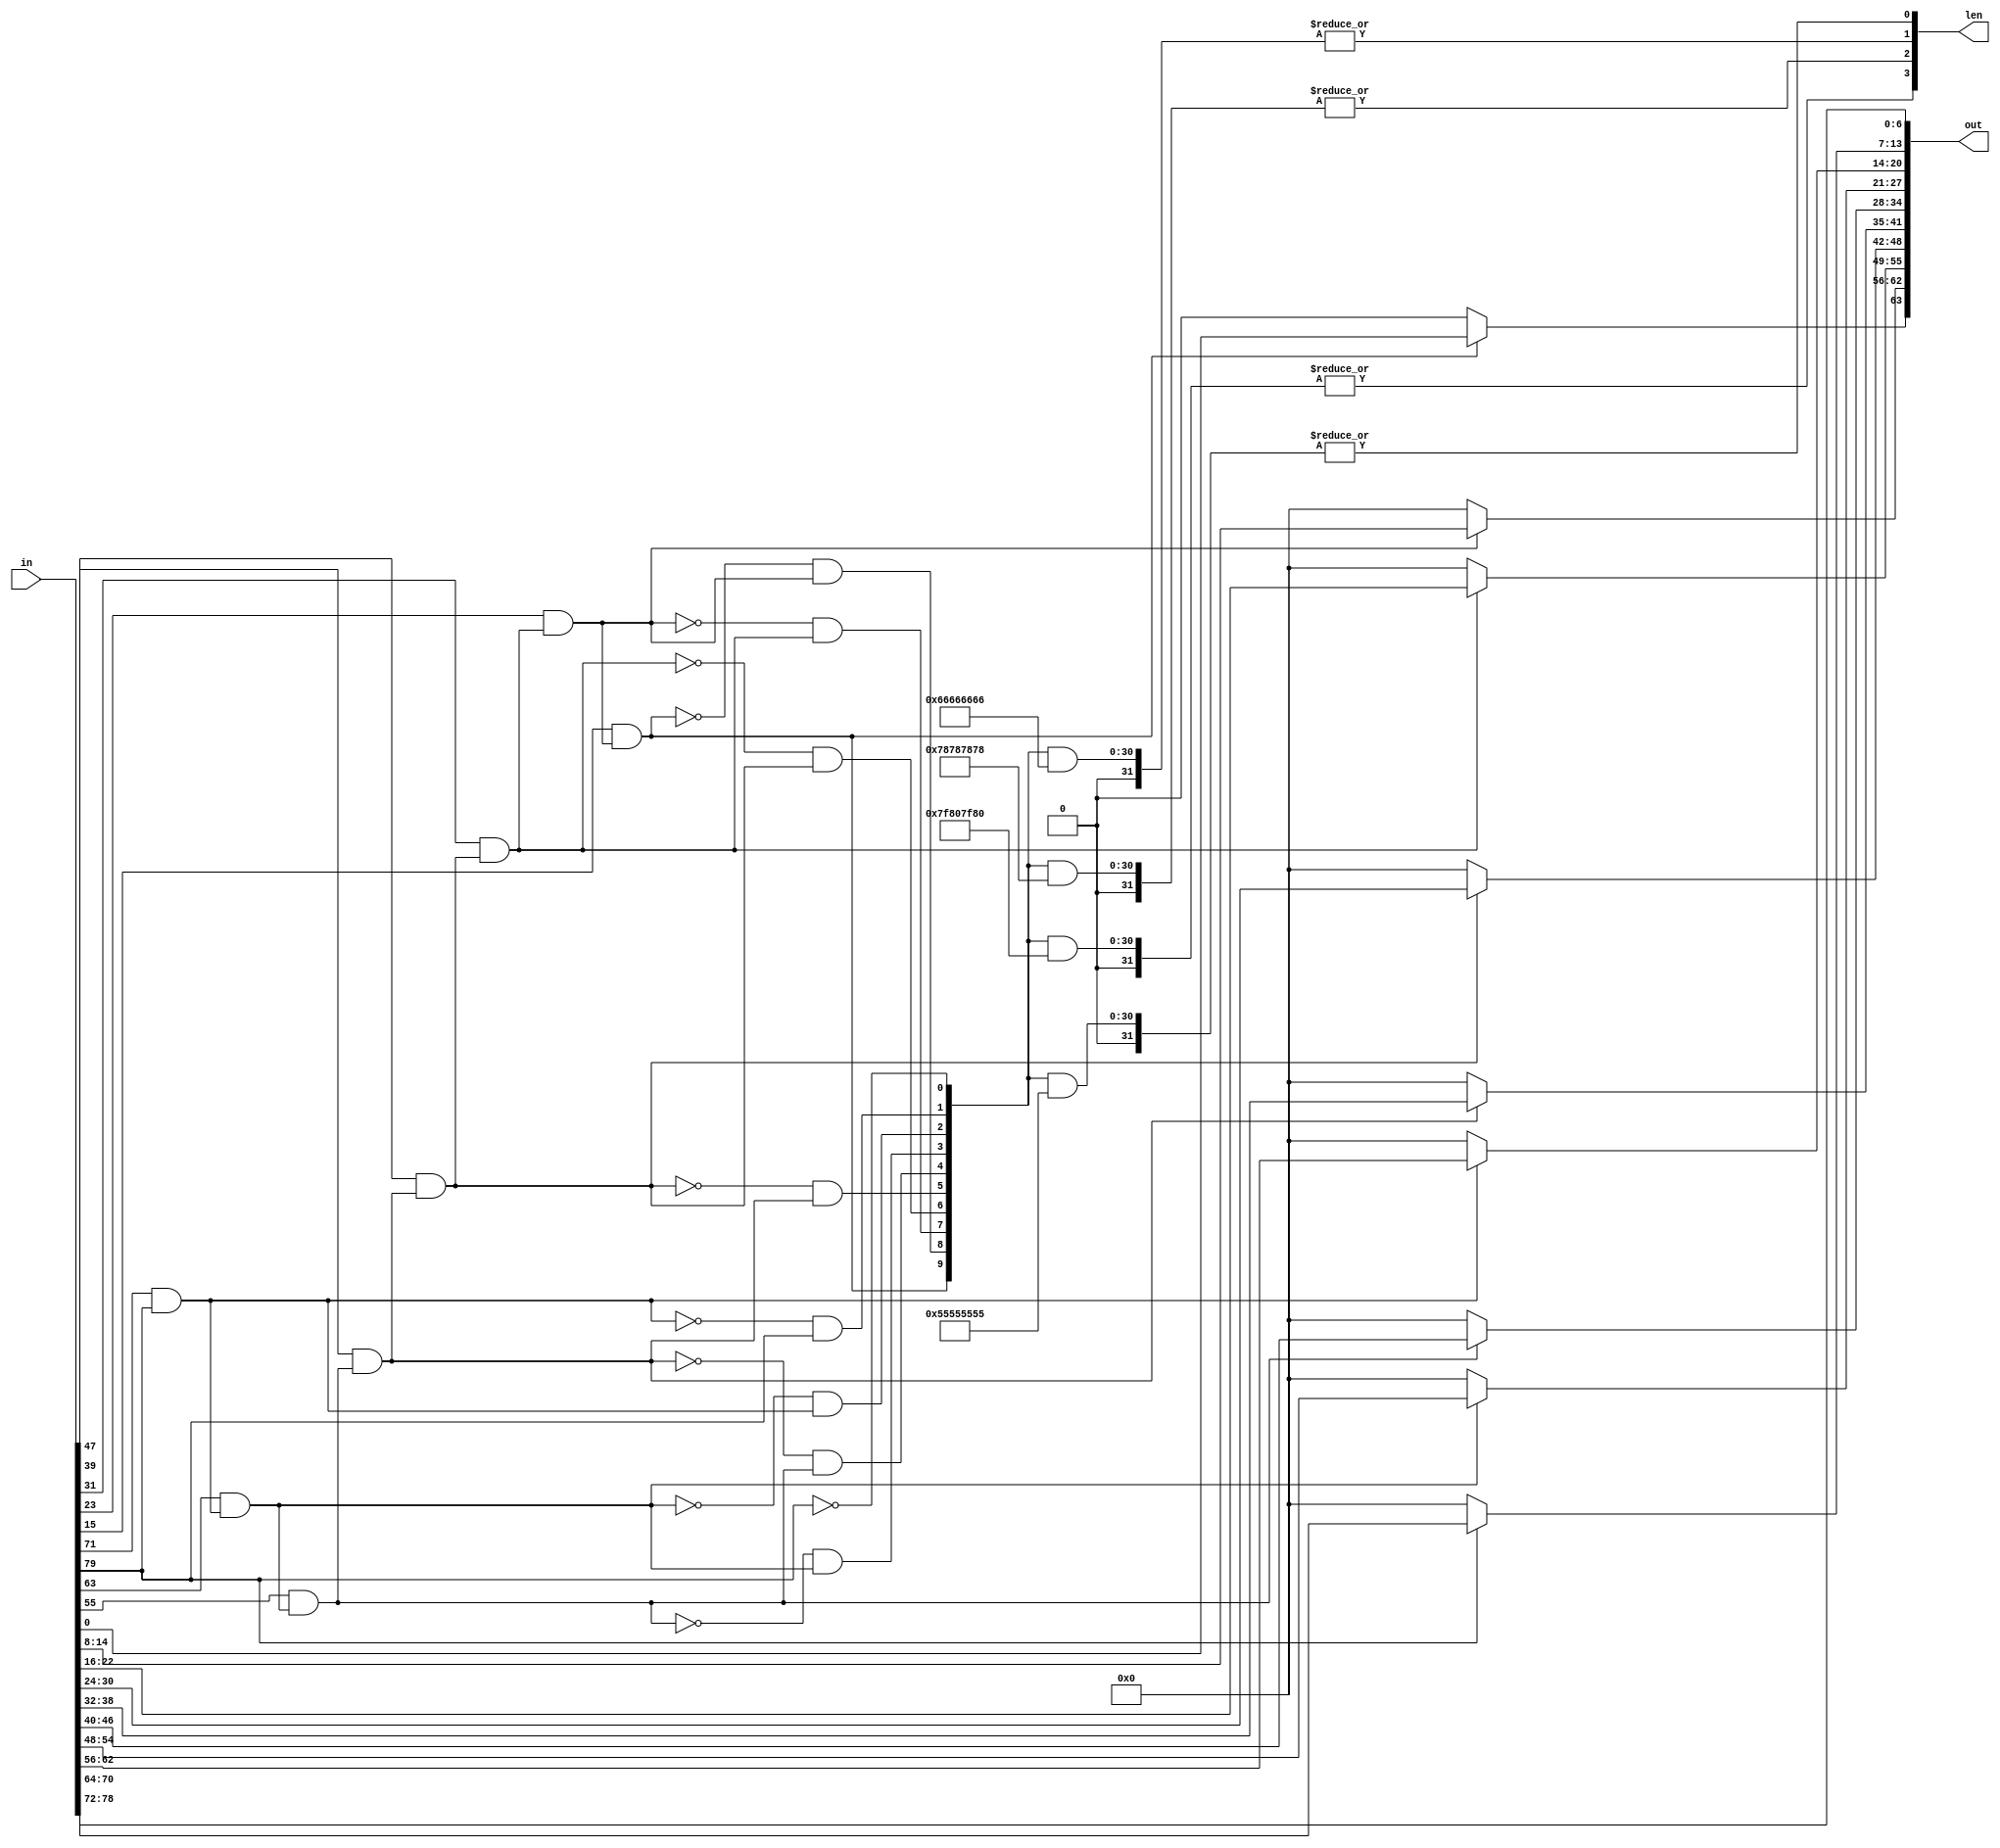
module unpack_unsigned #(
  parameter N = 64
)
(
  input      [           0:M-1] in,
  output reg [         N-1:  0] out,
  output reg [$clog2(MB)-1:  0] len
);
  localparam MB = N/7+1;
  localparam M  = MB*8;
  integer i;
  reg [MB-1:0] gl, ub, ho;
  always @* begin
    for(i=0; i<=MB-1; i=i+1) begin
      gl [i       ] = in[i*8       ];  
      out[i*7 +: 7] = in[i*8+1 +: 7];  
    end
    ub[0] = 1;
    for(i=1; i<=MB-1; i=i+1)
      ub[i] = gl[i-1] & ub[i-1];  
    for(i=0; i<=MB-2; i=i+1)
      ho[i] = !ub[i+1] & ub[i];
    ho[MB-1] = ub[MB-1];
    for(i=0; i<=MB-1; i=i+1)
      if(!ub[i])
        out[i*7 +: 7] = 7'b0;
                len[0] = |(ho & 32'b01010101010101010101010101010101);
    if(N >   7) len[1] = |(ho & 32'b01100110011001100110011001100110);
    if(N >  21) len[2] = |(ho & 32'b01111000011110000111100001111000);
    if(N >  49) len[3] = |(ho & 32'b01111111100000000111111110000000);
    if(N > 105) len[4] = |(ho & 32'b01111111111111111000000000000000);
  end
endmodule